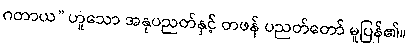
ဂတာယ” ဟူသော အနုပညတ်နှင့် တဖန် ပညတ်တော် မူပြန်၏။